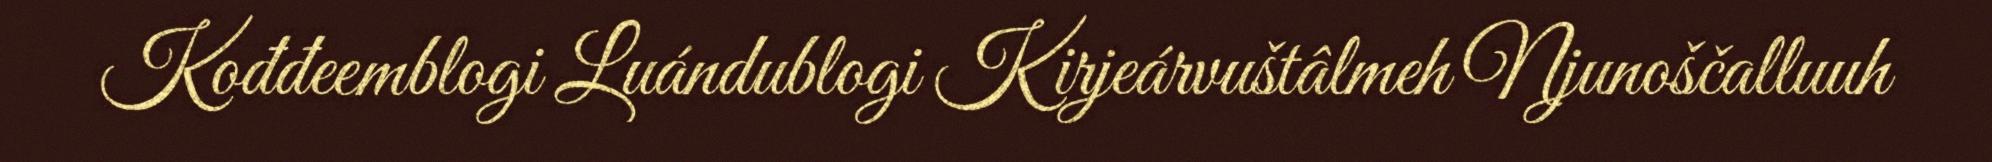
Kođđeemblogi Luándublogi Kirjeárvuštâlmeh Njunoščalluuh